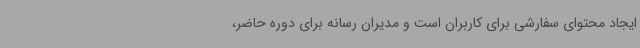
ایجاد محتوای سفارشی برای کاربران است و مدیران رسانه برای دوره حاضر،